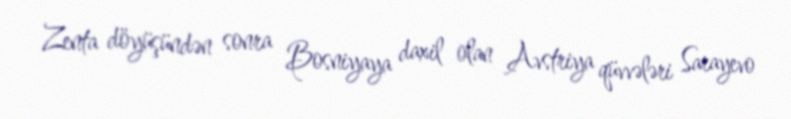
Zenta döyüşündən sonra Bosniyaya daxil olan Avstriya qüvvələri Sarayevo